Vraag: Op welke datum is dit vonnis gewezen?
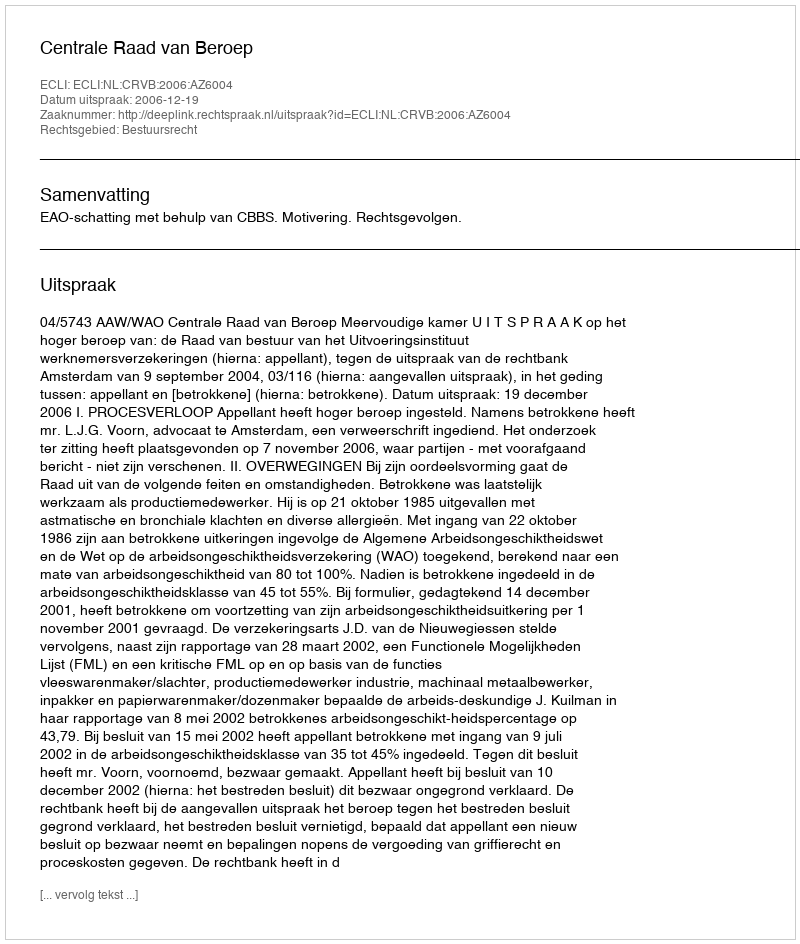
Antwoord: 2006-12-19